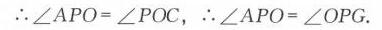
\(\therefore\angle APO=\angle POC\)，\(\therefore\angle APO=\angle OPG\).